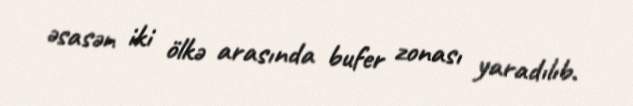
əsasən iki ölkə arasında bufer zonası yaradılıb.